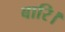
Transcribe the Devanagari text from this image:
बारि।